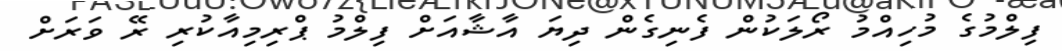
ފިލްމުގެ މުހިއްމު ރޯލަކުން ފެނިގެން ދިޔަ އާޝާއަށް ފިލްމު ޕްރިމިއާކުރި ރޭ ވަރަށް